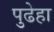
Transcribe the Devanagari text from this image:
पुढेहा